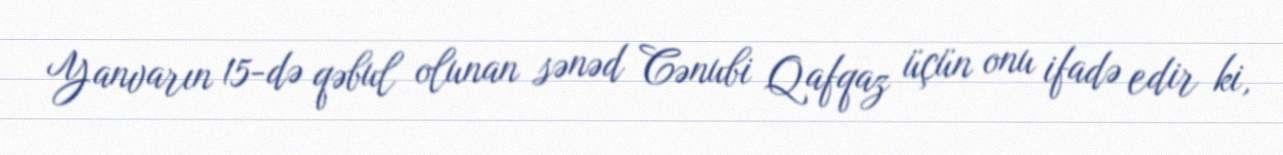
Yanvarın 15-də qəbul olunan sənəd Cənubi Qafqaz üçün onu ifadə edir ki,